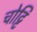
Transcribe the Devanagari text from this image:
चोट्टि